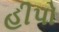
હીપો